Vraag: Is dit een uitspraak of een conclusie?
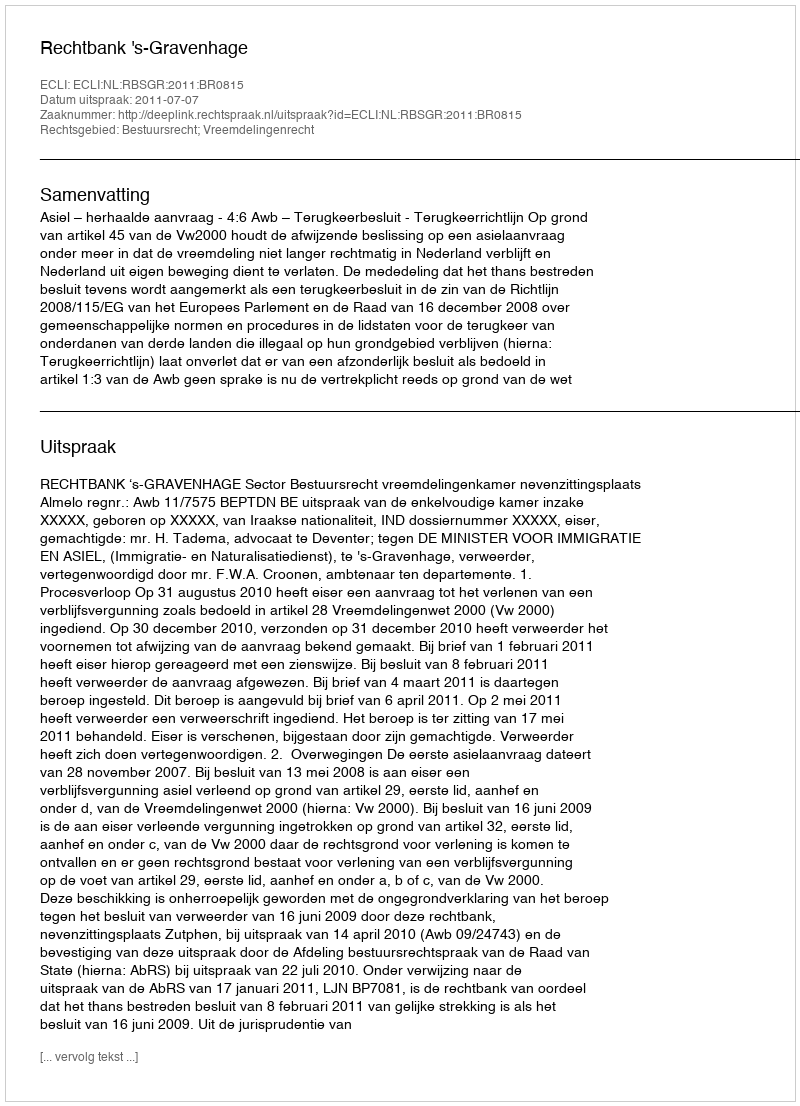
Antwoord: Uitspraak